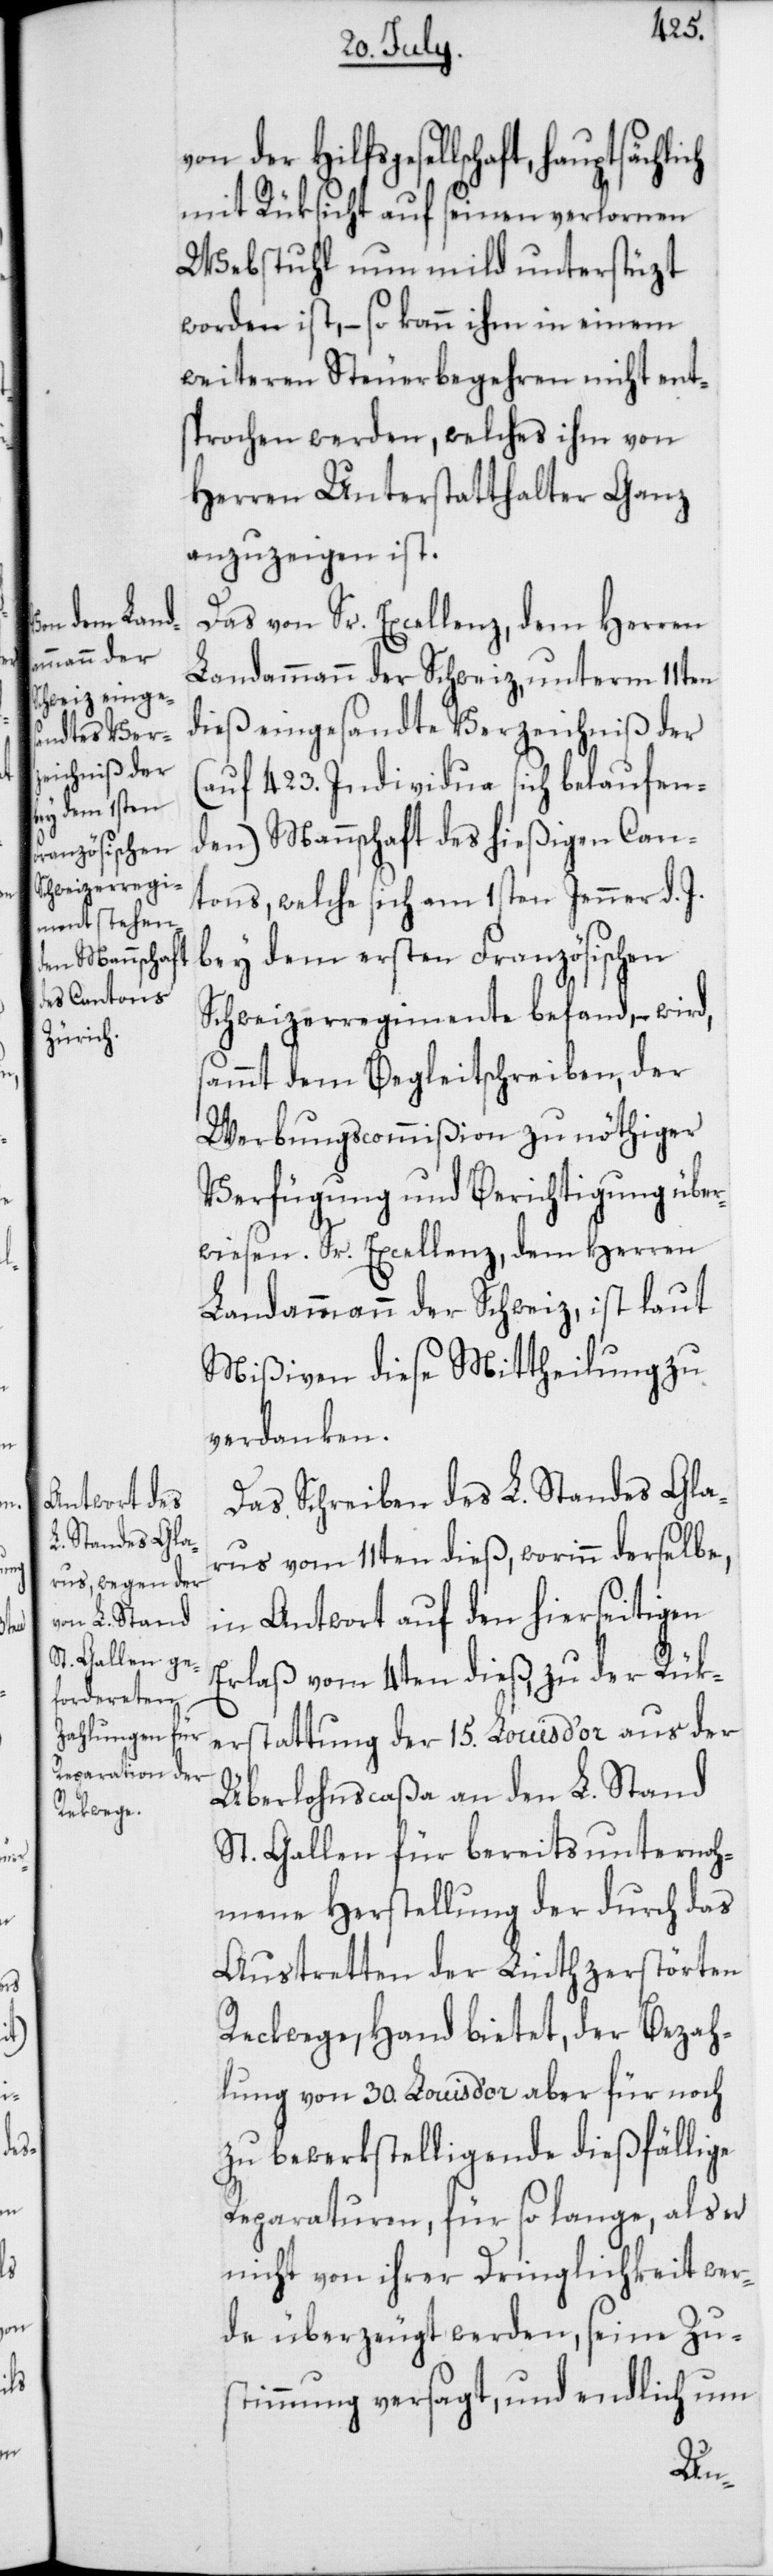
J.b¬

von der Hilfsgesellschaft,
mit Rüksicht auf seinen verlornen
Webstuhl nun mild unterstüzt
worden ist, – so kann ihm in einem
weiteren Steuerbegehren nicht ents¬
prochen werden, welches ihm von
Herren Unterstatthalter Ganz
anzuzeigen ist.
Das von Sr. Excellenz, dem Herren
Landammann der Schweiz, unterm 11ten
dieß eingesandte Verzeichniß der
(auf 423. Individua sich belaufen¬
den) Mannschaft des hießigen Can¬
tons, welche sich am 1sten Jenner d.
ey dem ersten Französischen
Schweizerregimente befand, – wird,
sammt dem Begleitschreiben, der
Werbungscommißion zu nöthiger
Verfügung und Berichtigung über¬
wiesen. Sr. Excellenz, dem Herren
Landammann der Schweiz, ist laut
Mißiven diese Mittheilung zu
verdanken.
Das Schreiben des L. Standes Gla¬
rus vom 11ten dieß, worinn derselbe,
in Antwort auf den hierseitigen
Erlaß vom 4ten dieß, zu der Rük¬
erstattung der 15. Louis d’or aus der
Überlohnscaßa an den L. Stand
St. Gallen für bereits unternoh¬
mene Herstellung der durch das
Austretten der Linth zerstörten
Reckwege, Hand bietet, der Bezah¬
lung von 30. Louis d’or aber für noch
zu bewerkstelligende dießfällige
Reparaturen, für so lange, als er
nicht von ihrer Dringlichkeit wer¬
de überzeugt werden, seine Zu¬
stimmung versagt, und endlich um